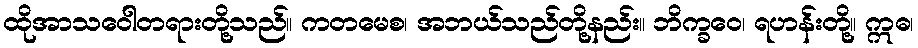
ထိုအာသဝေါတရားတို့သည်။ ကတမေစ၊ အဘယ်သည်တို့နည်း။ ဘိက္ခဝေ၊ ရဟန်းတို့။ ဣဓ၊